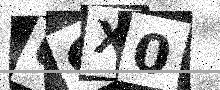
Text: UCX0